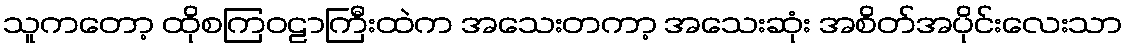
သူကတော့ ထိုစကြဝဠာကြီးထဲက အသေးတကာ့ အသေးဆုံး အစိတ်အပိုင်းလေးသာ